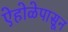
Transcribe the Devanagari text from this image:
ऐहोळेपासून